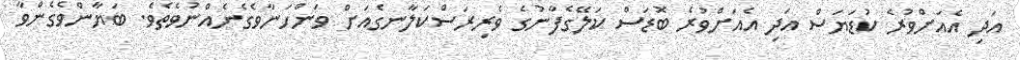
އަދި އެއަށްވުރެ ކުޑަޔަސް އަދި އެއަށްވުރެ ބޮޑަސް ކަލޭގެފާނުގެ ވެރިރަސްކަލާނގެއަށް ވަންހަނާވެގެނެއްނުވެތެވެ. ބަޔާންވެގެންވާ